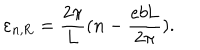
\varepsilon _ { n , \mathrm { R } } = \frac { 2 \pi } { 2 \pi } { L } ( n - \frac { e b \mathrm { L } } { 2 \pi } ) .